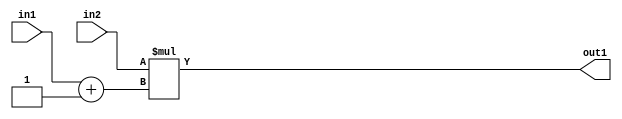
`timescale 1ps / 1ps
/*****************************************************************************
    Verilog RTL Description
    
    
    Created by: Stratus DpOpt 2019.1.01 
*******************************************************************************/

module st_feature_addr_gen_Mul2Add2i1u8u16_4_2 (
	in2,
	in1,
	out1
	); /* architecture "behavioural" */ 
input [15:0] in2;
input [7:0] in1;
output [15:0] out1;
wire [15:0] asc001;
wire [8:0] asc002;

assign asc002 = 
	+(in1)
	+(9'B000000001);

assign asc001 = 
	+(in2 * asc002);

assign out1 = asc001;
endmodule

/* CADENCE  ubfyQws= : u9/ySgnWtBlWxVPRXgAZ4Og= ** DO NOT EDIT THIS LINE ******/